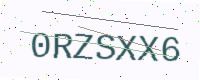
Text: 0RZSXX6